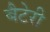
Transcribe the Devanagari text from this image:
बैटेरी